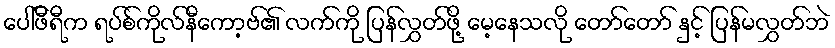
ပေါ်ဖီရီက ရပ်စ်ကိုလ်နီကော့ဗ်၏ လက်ကို ပြန်လွှတ်ဖို့ မေ့နေသလို တော်တော် နှင့် ပြန်မလွှတ်ဘဲ